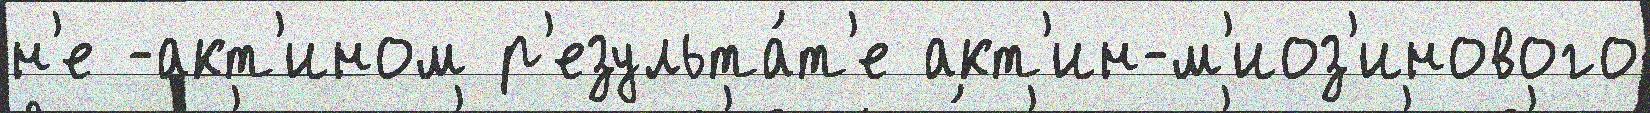
н'е -акт'ином р'езульта́т'е акт'ин-м'иоз'инового